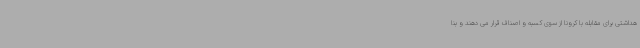
هداشتی برای مقابله با کرونا از سوی کسبه و اصناف قرار می دهند و بنا